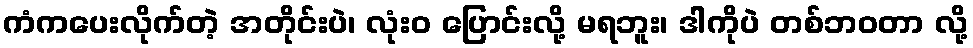
ကံကပေးလိုက်တဲ့ အတိုင်းပဲ၊ လုံးဝ ပြောင်းလို့ မရဘူး၊ ဒါကိုပဲ တစ်ဘဝတာ လို့